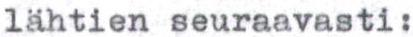
lähtien seuraavasti: